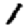
Digit: 1